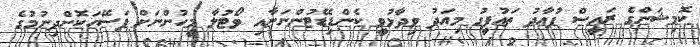
ކޮމިޝަންގެ ރައީސް ފުއާދު ތައުފީގު މިއަދު ވިދާޅުވީ ކެންޑިޑޭޓުންނަށާއި ވޯޓުލާ މީހުންނަށް ފަސޭހަކޮށްދިނުމުގެ